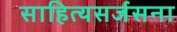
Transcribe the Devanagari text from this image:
साहित्यसर्जसना